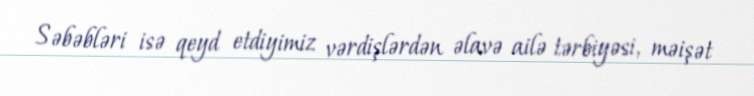
Səbəbləri isə qeyd etdiyimiz vərdişlərdən əlavə ailə tərbiyəsi, məişət